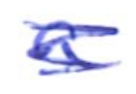
Text: a
Cross-out: scratch
Writing tool: ballpoint